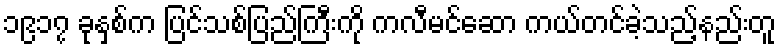
၁၉၁၇ ခုနှစ်က ပြင်သစ်ပြည်ကြီးကို ကလီမင်ဆော ကယ်တင်ခဲ့သည့်နည်းတူ